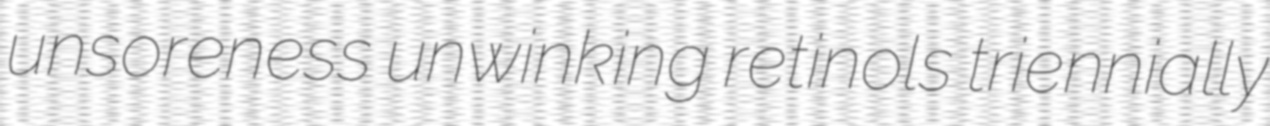
unsoreness unwinking retinols triennially